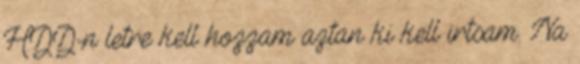
HDD-n letre kell hozzam aztan ki kell irtsam. Na